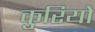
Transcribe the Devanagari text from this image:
कुरियो